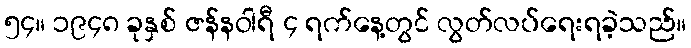
၅၄။ ၁၉၄၈ ခုနှစ် ဇန်နဝါရီ ၄ ရက်နေ့တွင် လွတ်လပ်ရေးရခဲ့သည်။